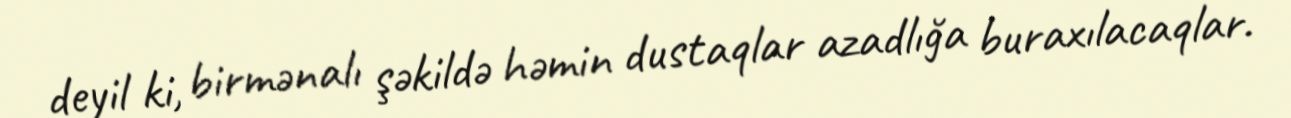
deyil ki, birmənalı şəkildə həmin dustaqlar azadlığa buraxılacaqlar.